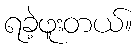
ရခဲ့ဖူးတယ်။